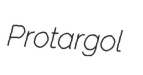
Protargol